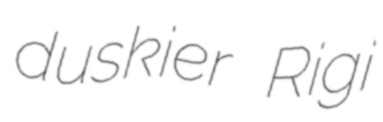
duskier Rigi